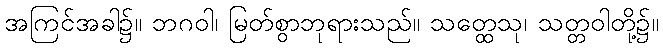
အကြင်အခါ၌။ ဘဂဝါ၊ မြတ်စွာဘုရားသည်။ သတ္ထေသု၊ သတ္တဝါတို့၌။